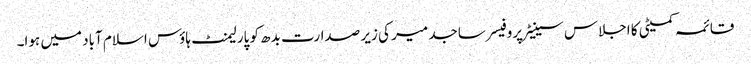
قائمہ کمیٹی کا اجلاس سینیٹر پروفیسر ساجد میر کی زیر صدارت بدھ کو پارلیمنٹ ہاؤس اسلام آباد میں ہوا۔